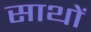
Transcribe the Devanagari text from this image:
साथों